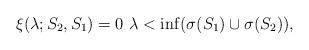
LaTeX: \begin{align*}\xi(\lambda ; S_2,S_1) = 0 \, \, \lambda < \inf(\sigma(S_1) \cup \sigma(S_2)), \end{align*}